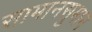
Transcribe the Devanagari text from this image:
सामानसुमान